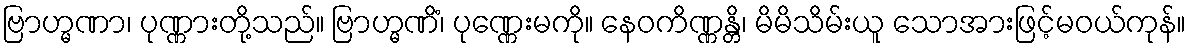
ဗြာဟ္မဏာ၊ ပုဏ္ဏားတို့သည်။ ဗြာဟ္မဏိံ၊ ပုဏ္ဏေးမကို။ နေဝကိဏ္ဏန္တိ၊ မိမိသိမ်းယူ သောအားဖြင့်မဝယ်ကုန်။